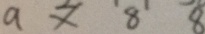
9 \times 8 8